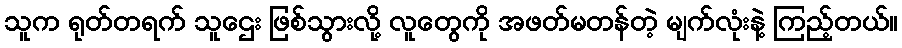
သူက ရုတ်တရက် သူဌေး ဖြစ်သွားလို့ လူတွေကို အဖတ်မတန်တဲ့ မျက်လုံးနဲ့ ကြည့်တယ်။